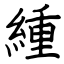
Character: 緟